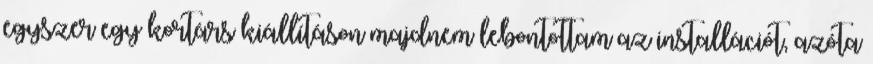
egyszer egy kortárs kiállításon majdnem lebontottam az installációt, azóta